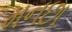
મનછા